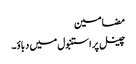
مضامین
چینل پر استنبول میں دباؤ۔